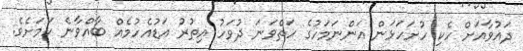
ދައުވާއަށް ހެކި ހުށަހަޅަން އަންނަމަހުގެ ހަތްވަނަ ދުވަހު އިތުރު އަޑުއެހުމެއް ބާއްވާނެ ކަމަށެވެ.